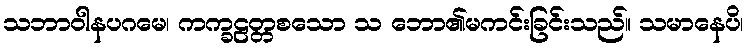
သဘာဝါနပဂမေ၊ ကက္ခဠတ္တစသော သ ဘော၏မကင်းခြင်းသည်။ သမာနေပိ၊